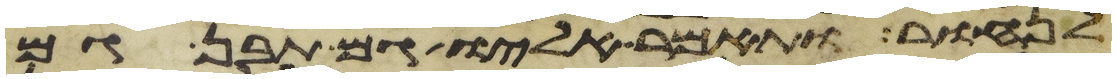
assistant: לנחור ותאמר אליו גם תבן גם